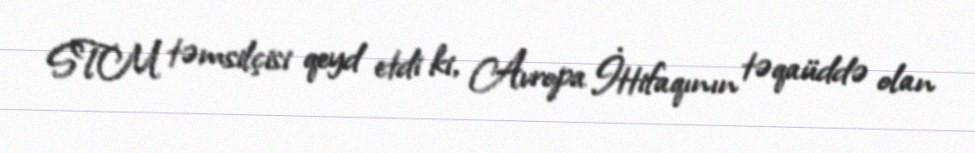
STM təmsilçisi qeyd etdi ki, Avropa İttifaqının təqaüddə olan